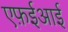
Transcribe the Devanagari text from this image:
एफ़ईआई